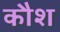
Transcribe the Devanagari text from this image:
कौश